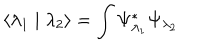
\left< \lambda _ { 1 } \mid \lambda _ { 2 } \right> = \int \Psi _ { \lambda _ { 1 } } ^ { * } \Psi _ { \lambda _ { 2 } }